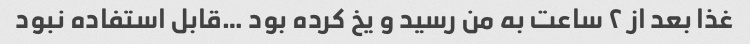
غذا بعد از ۲ ساعت به من رسید و یخ کرده بود …قابل استفاده نبود